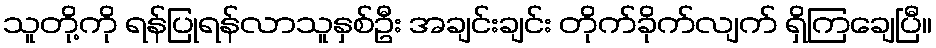
သူတို့ကို ရန်ပြုရန်လာသူနှစ်ဦး အချင်းချင်း တိုက်ခိုက်လျက် ရှိကြချေပြီ။